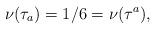
LaTeX: \begin{align*}\nu(\tau_{a}) = 1/6 = \nu(\tau^{a}), \end{align*}